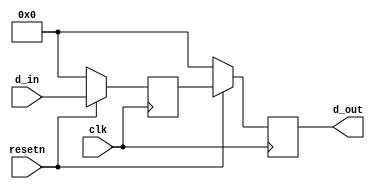
module synchronizer #(parameter width = 6) (
    
    input wire clk, resetn, 
    input wire [width:0] d_in, 
    
    output reg [width:0] d_out
    );

    reg [width:0] q1;


    always@(posedge clk) 
    begin
        if(!resetn) 
        begin
            q1 <= 0;
            d_out <= 0;
        end

        else 
        begin
            q1 <= d_in;
            d_out <= q1;
        end
    end
endmodule